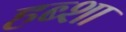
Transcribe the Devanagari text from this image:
हब्शा